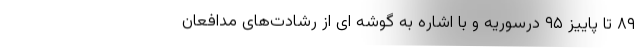
۸۹ تا پاییز ۹۵ درسوریه و با اشاره به گوشه ای از رشادت‌های مدافعان